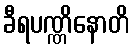
ခီရပဏ္ဏိနောတိ